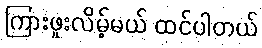
ကြားဖူးလိမ့်မယ် ထင်ပါတယ်